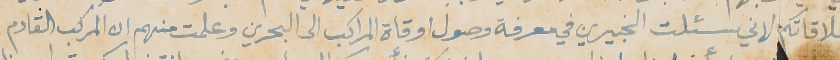
لملاقاتكم لاني سئلت الخبيرين في معرفة وصول اوقاة المراكب الى البحرين وعلمت منهم ان المركب القادم